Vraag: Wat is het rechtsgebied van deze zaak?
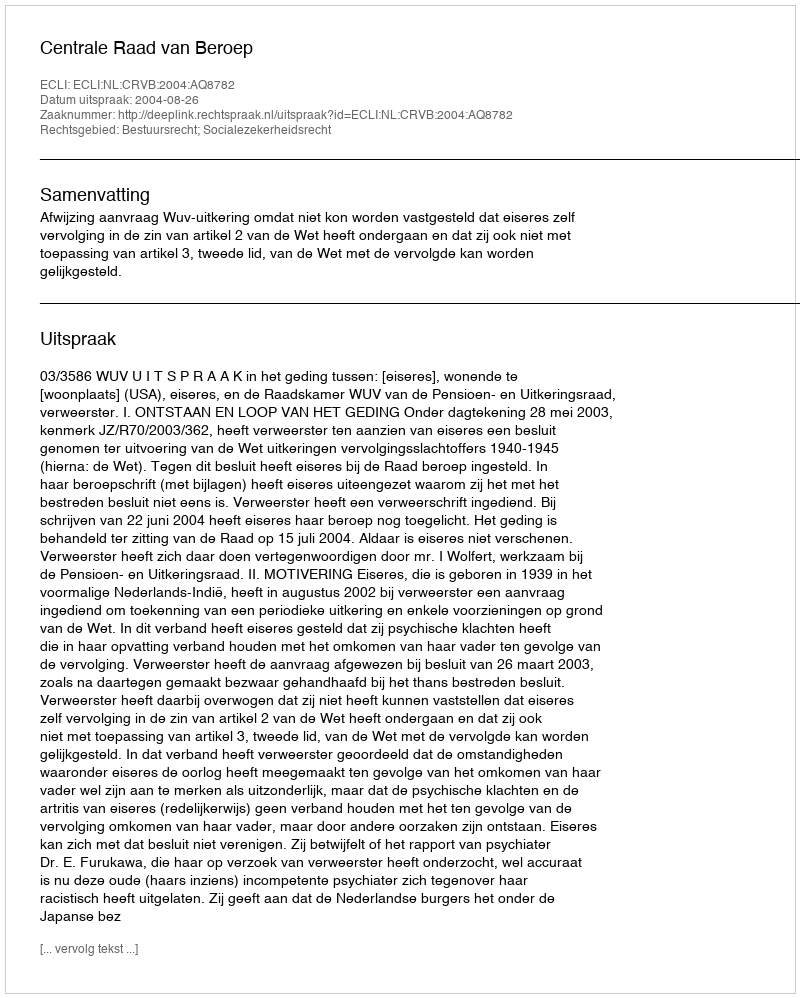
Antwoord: Bestuursrecht; Socialezekerheidsrecht